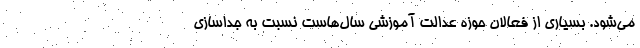
می‌شود. بسیاری از فعالان حوزه عدالت آموزشی سال‌هاست نسبت به جداسازی